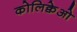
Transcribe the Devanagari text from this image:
कोलिक्वेओ